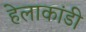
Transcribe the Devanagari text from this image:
हेलाकांडी